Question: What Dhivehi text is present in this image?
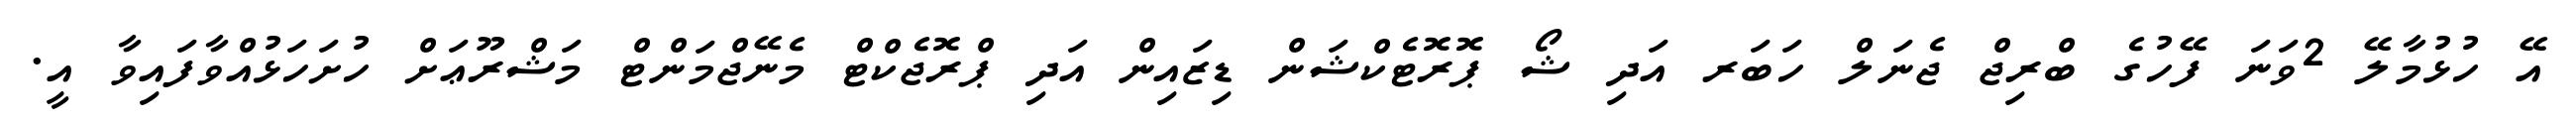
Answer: އޭ ހުޅުމާލޭ 2ވަނަ ފޭހުގެ ބްރިޖް ޖެނަލް ހަބަރ އަދި ޝޯ ޕޮރޮޓެކްޝަން ޑިޒައިން އަދި ޕްރޮޖެކްޓް މެނޭޖްމަންޓް މަޝްރޫޢަށް ހުށަހަޅުއްވާފައިވާ އީ.